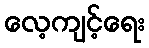
လေ့ကျင့်ရေး